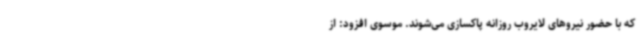
که با حضور نیروهای لایروب روزانه پاکسازی می‌شوند. موسوی افزود: از